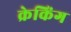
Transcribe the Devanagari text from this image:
क्रेकिंग